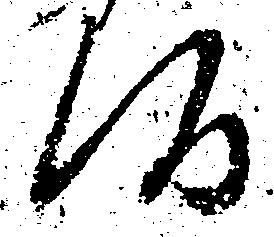
候